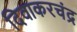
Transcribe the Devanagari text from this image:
दिवाकरचंद्र